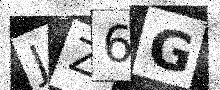
Text: JZ6G